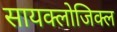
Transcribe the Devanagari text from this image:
सायक्लोजिक्ल